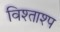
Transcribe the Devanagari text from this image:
विश्ताश्प